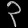
Digit: ၃